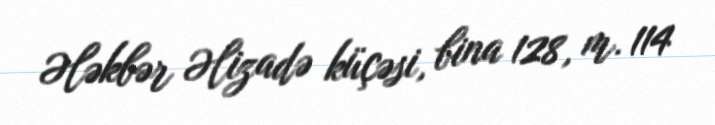
Ələkbər Əlizadə küçəsi, bina 128, m. 114